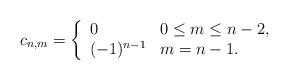
LaTeX: \begin{align*} c_{n,m}=\left\{ \begin{array}{ll} 0 & 0\leq m \leq n-2,\\ (-1)^{n-1} & m=n-1. \end{array}\right.\end{align*}